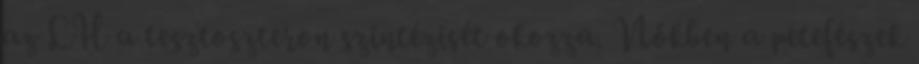
az LH a tesztoszteron szintézisét okozza. Nőkben a petefészek